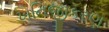
ખનિજીકરણ